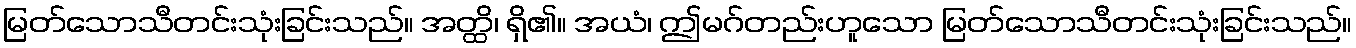
မြတ်သောသီတင်းသုံးခြင်းသည်။ အတ္ထိ၊ ရှိ၏။ အယံ၊ ဤမဂ်တည်းဟူသော မြတ်သောသီတင်းသုံးခြင်းသည်။